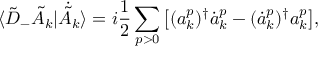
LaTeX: \langle \tilde { D } _ { - } \tilde { A } _ { k } | \dot { \tilde { A } } _ { k } \rangle = i \frac { 1 } { 2 } \sum _ { p > 0 } \big [ ( a _ { k } ^ { p } ) ^ { \dagger } \dot { a } _ { k } ^ { p } - ( \dot { a } _ { k } ^ { p } ) ^ { \dagger } a _ { k } ^ { p } \big ] ,